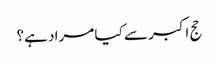
حج اکبر سے کیا مراد ہے؟